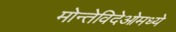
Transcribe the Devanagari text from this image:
मोन्तेविदेओमध्ये